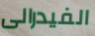
الفيدرالى